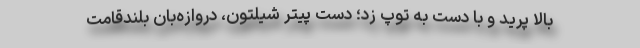
بالا پرید و با دست به توپ زد؛ دست پیتر شیلتون، دروازه‌بان بلندقامت